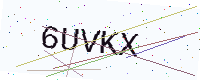
Text: 6UVKX